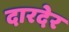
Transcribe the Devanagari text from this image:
दारदेर